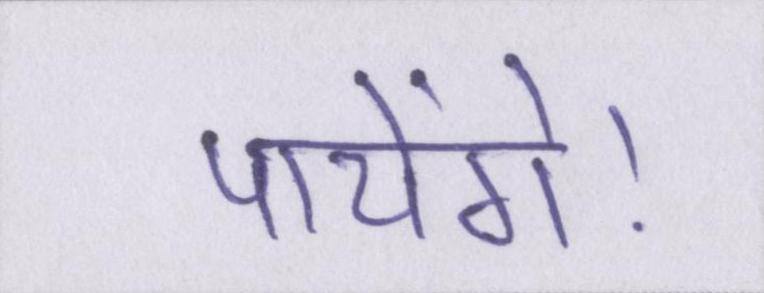
पायेंगे।